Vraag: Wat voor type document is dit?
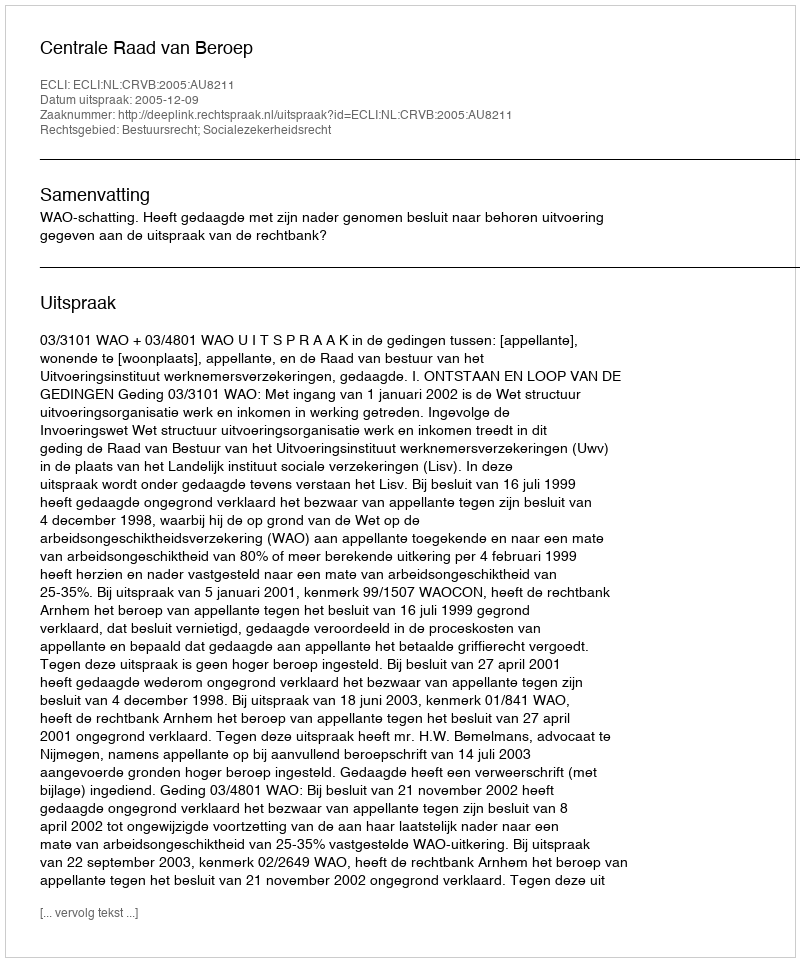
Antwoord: Uitspraak